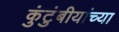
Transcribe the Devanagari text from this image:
कुंटुंबीयांच्या